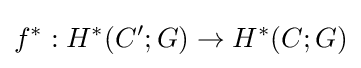
f^{*}:H^{*}(C';G)\to H^{*}(C;G)